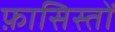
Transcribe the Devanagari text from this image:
फ़ासिस्तों